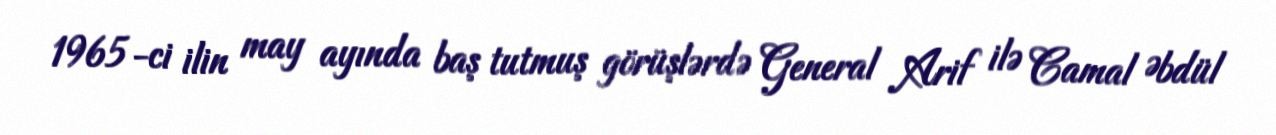
1965-ci ilin may ayında baş tutmuş görüşlərdə General Arif ilə Camal Əbdül